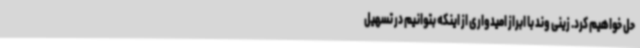
حل خواهیم کرد. زینی وند با ابراز امیدواری از اینکه بتوانیم در تسهیل